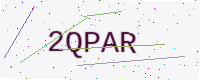
Text: 2QPAR